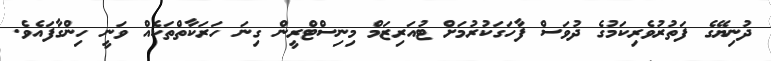
ދުނިޔޭގެ ފަތުރުވެރިކަމުގެ ދުވަސް ފާހަގަކުރުމަށް ޓުއަރިޒަމް މިނިސްޓްރީން ގިނަ ހަރަކާތްތަކެއް ވަނީ ހިންގާފައެވެ.